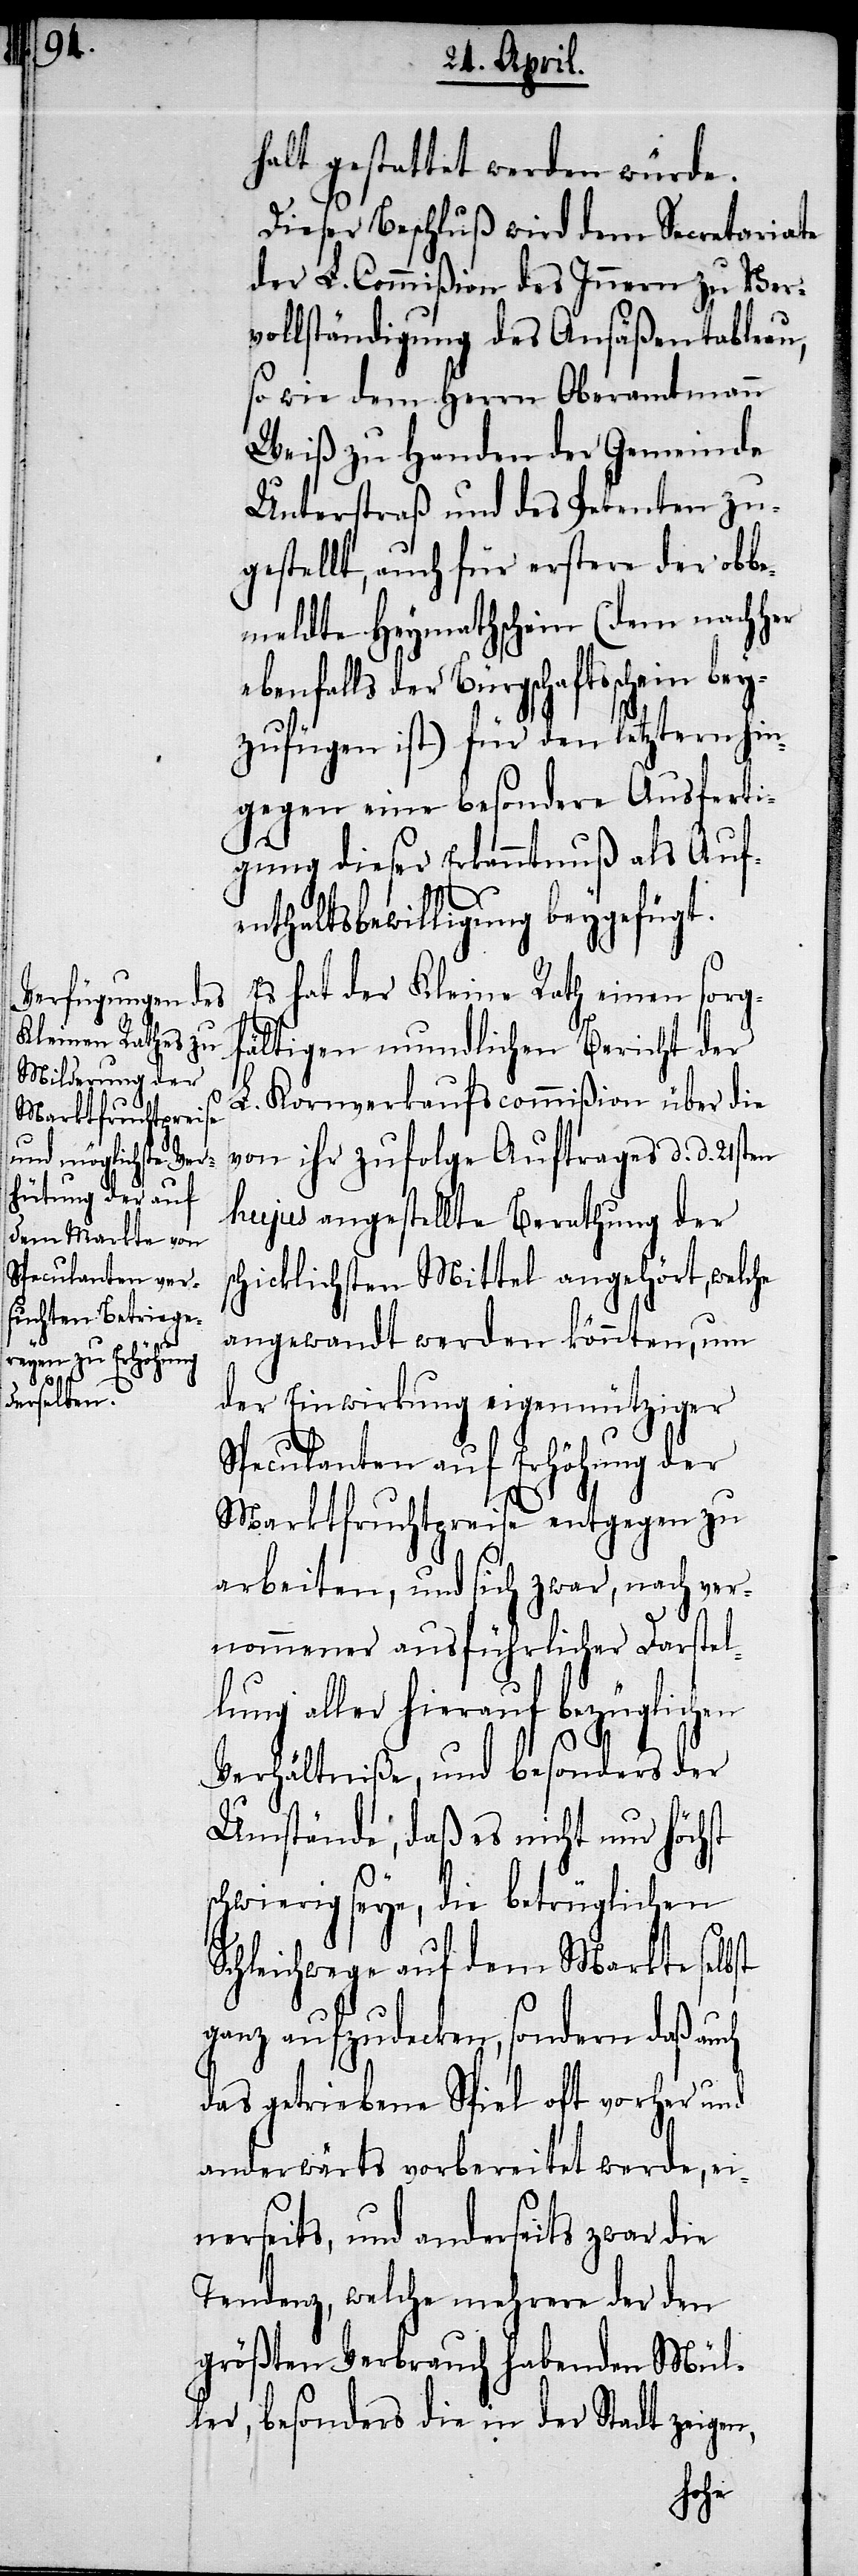
halt gestattet werden würde.
Dieser Beschluß wird dem Secretariate
der L. Commißion des Innern zu Ver¬
vollständigung des Ansäßentableau,
so wie dem Herrn Oberamtmann
Weiß zu Handen der Gemeinde
Unterstraß und des Petenten zu¬
gestellt, auch für erstere der obbe¬
meldte Heymathschein (dem nachher
ebenfalls der Bürgschaftsschein bey¬
zufügen ist) für den letztern hin¬
gegen eine besondere Ausferti¬
gung dieser Erkanntnuß als Auf¬
enthaltsbewilligung beygefügt.
Es hat der Kleine Rath einen sorg¬
fältigen mundlichen Bericht der
L. Kornverkaufscommißion über die
von ihr zufolge Auftrages d. d. 21sten
hujus angestellte Berathung der
schicklichsten Mittel angehört, welche
angewandt werden könnten, um
der Einwirkung eigennütziger
Speculanten auf Erhöhung der
Marktfruchtpreise entgegen zu
arbeiten, und sich zwar, nach ver¬
nommener ausführlicher Darstel¬
lung aller hierauf bezüglichen
Verhältniße, und besonders der
Umstände, daß es nicht nur höchst
schwierig seye, die betrüglichen
Schleichwege auf dem Markte selbst
ganz aufzudecken, sondern daß auch
das getriebene Spiel oft vorher und
anderwärts vorbereitet werde, ei¬
nerseits, und anderseits zwar die
Tendenz, welche mehrere der den
größten Verbrauch habenden Mül¬
ler, besonders die in der Stadt zeigen,